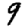
Digit: 9